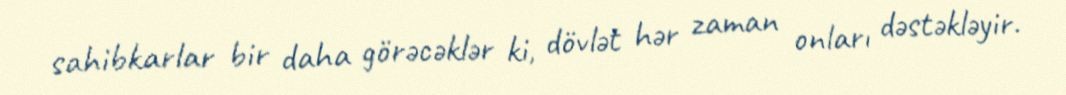
sahibkarlar bir daha görəcəklər ki, dövlət hər zaman onları dəstəkləyir.